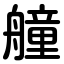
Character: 艟